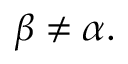
\beta \neq \alpha .